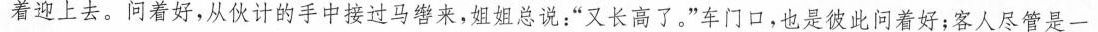
着迎上去。问着好，从伙计的手中接过马辔来，姐姐总说：“又长高了。”车门口，也是彼此问着好；客人尽管是一